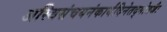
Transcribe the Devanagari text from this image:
अस्थिसंचयनंकार्यंदिनेतद्गोत्रजैः